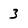
Character: 3